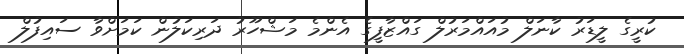
ކުރީގެ ލީޑަރު ކާނަލް މުއައްމަރުލް ގައްޒާފީގެ އެންމެ މަޝްހޫރު ދަރިކަލުން ކަމަށްވާ ސައިފުލް